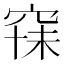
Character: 𱶽